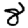
Digit: 8